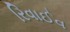
રિવાઈવ